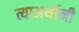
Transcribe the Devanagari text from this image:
त्याअर्थानी